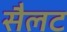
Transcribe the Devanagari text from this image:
सैलट